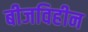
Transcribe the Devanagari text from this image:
बीजविहीन